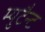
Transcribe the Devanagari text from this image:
म्युटैन्ट